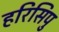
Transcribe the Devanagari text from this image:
हरिसिपु